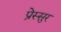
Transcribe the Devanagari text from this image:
प्रेस्सुर